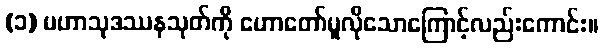
(၁) မဟာသုဒဿနသုတ်ကို ဟောတော်မူလိုသောကြောင့်လည်းကောင်း။